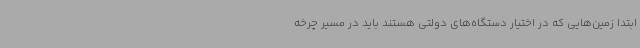
ابتدا زمین‌هایی که در اختیار دستگاه‌های دولتی هستند باید در مسیر چرخه